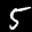
Label: 5